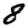
Digit: 8